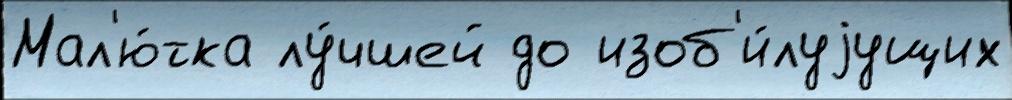
Мал'ю́тка лу́чшей до изоб'и́луjущих